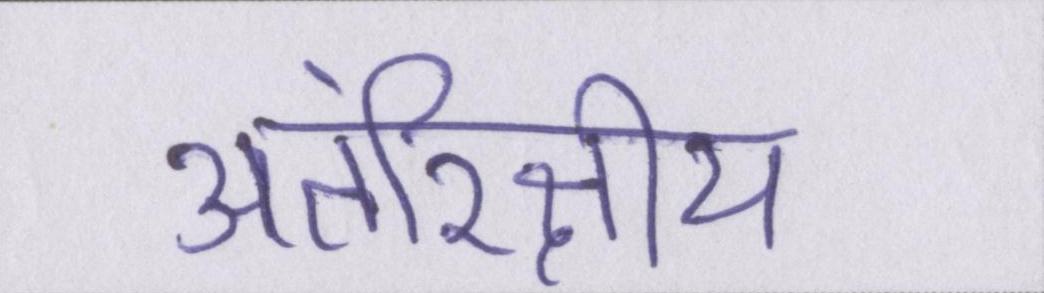
अंतरिक्षीय